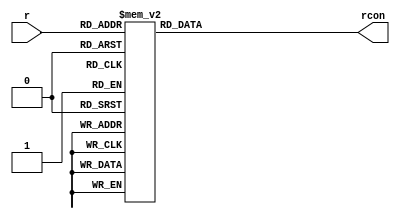
/*
*
*	Creator : Moemen alaa <github.com/moemenalaa>
*
* 
* Description: r_con Lookup table used in AES encryption/Decryption.
* Language: Verilog
*
*/

module rcon(
input [3:0] r,
output reg [31:0] rcon // output reg [3:0]  rcon [7:0] // can't do that ._. 
);

always @(r)
 case(r)
    4'h1: rcon=32'h01000000;
    4'h2: rcon=32'h02000000;
    4'h3: rcon=32'h04000000;
    4'h4: rcon=32'h08000000;
    4'h5: rcon=32'h10000000;
    4'h6: rcon=32'h20000000;
    4'h7: rcon=32'h40000000;
    4'h8: rcon=32'h80000000;
    4'h9: rcon=32'h1b000000;
    4'ha: rcon=32'h36000000;
    default: rcon=32'h00000000;
  endcase
endmodule